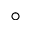
^ { \circ }